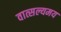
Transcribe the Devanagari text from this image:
वात्सल्यमय